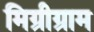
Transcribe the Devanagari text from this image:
मिग्रीग्राम